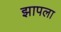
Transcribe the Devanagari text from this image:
झापला